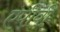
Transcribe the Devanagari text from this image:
एपीवी